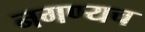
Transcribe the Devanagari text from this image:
नगण्यच